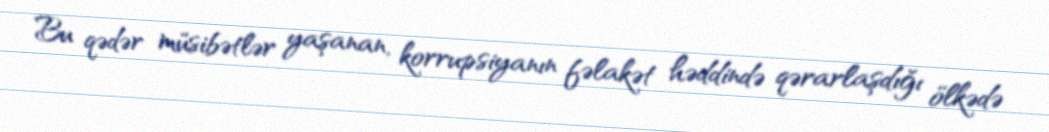
Bu qədər müsibətlər yaşanan, korrupsiyanın fəlakət həddində qərarlaşdığı ölkədə